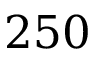
2 5 0